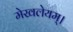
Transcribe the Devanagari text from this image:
मेखलेयम्।